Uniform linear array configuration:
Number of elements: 48
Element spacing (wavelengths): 0.75
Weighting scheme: blackman
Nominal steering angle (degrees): -30
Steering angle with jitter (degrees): -31.898
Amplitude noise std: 0.05
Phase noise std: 0.05

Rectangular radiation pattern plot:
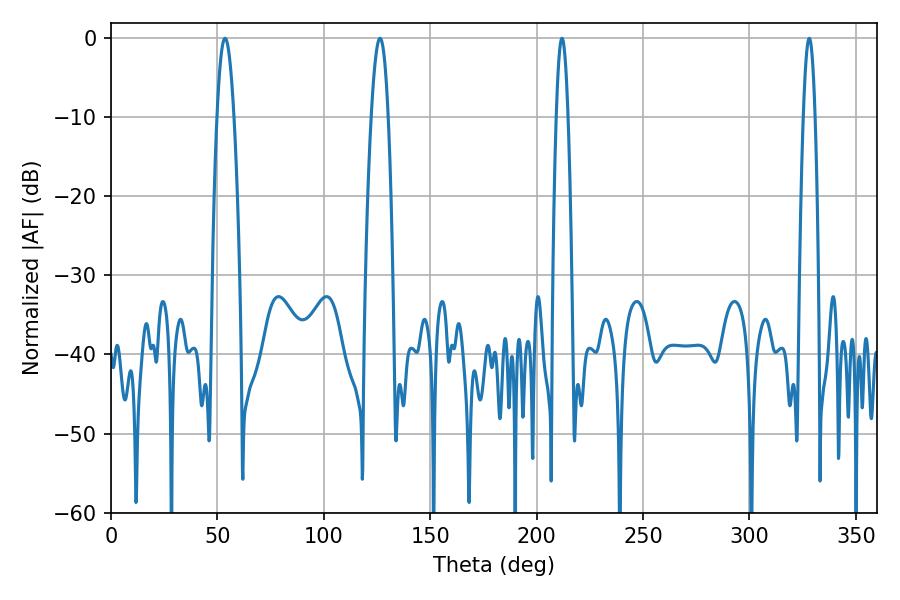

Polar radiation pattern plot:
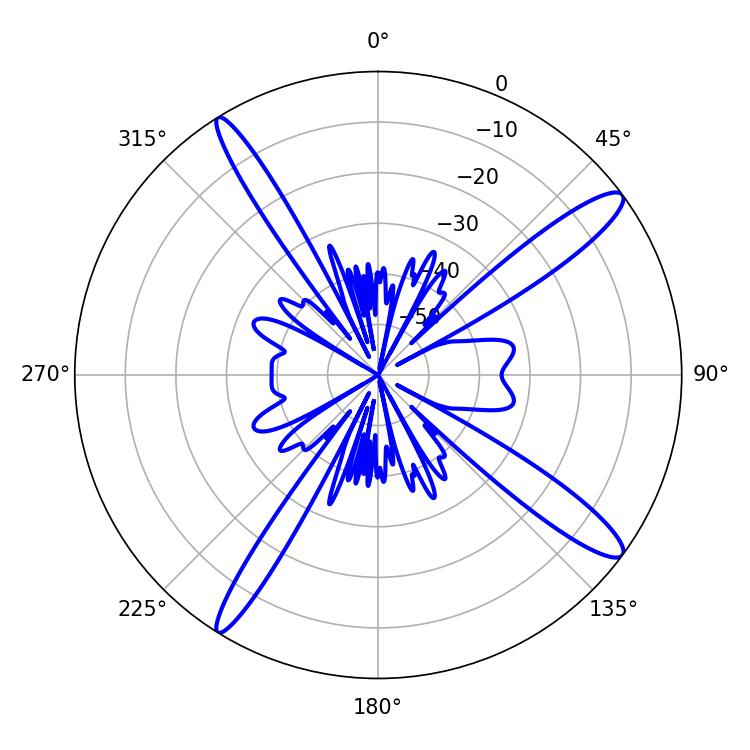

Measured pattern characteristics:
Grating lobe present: TRUE
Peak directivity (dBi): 14.417
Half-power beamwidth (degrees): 4.32
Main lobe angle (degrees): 53.64